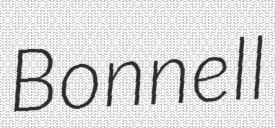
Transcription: Bonnell